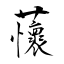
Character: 蘹